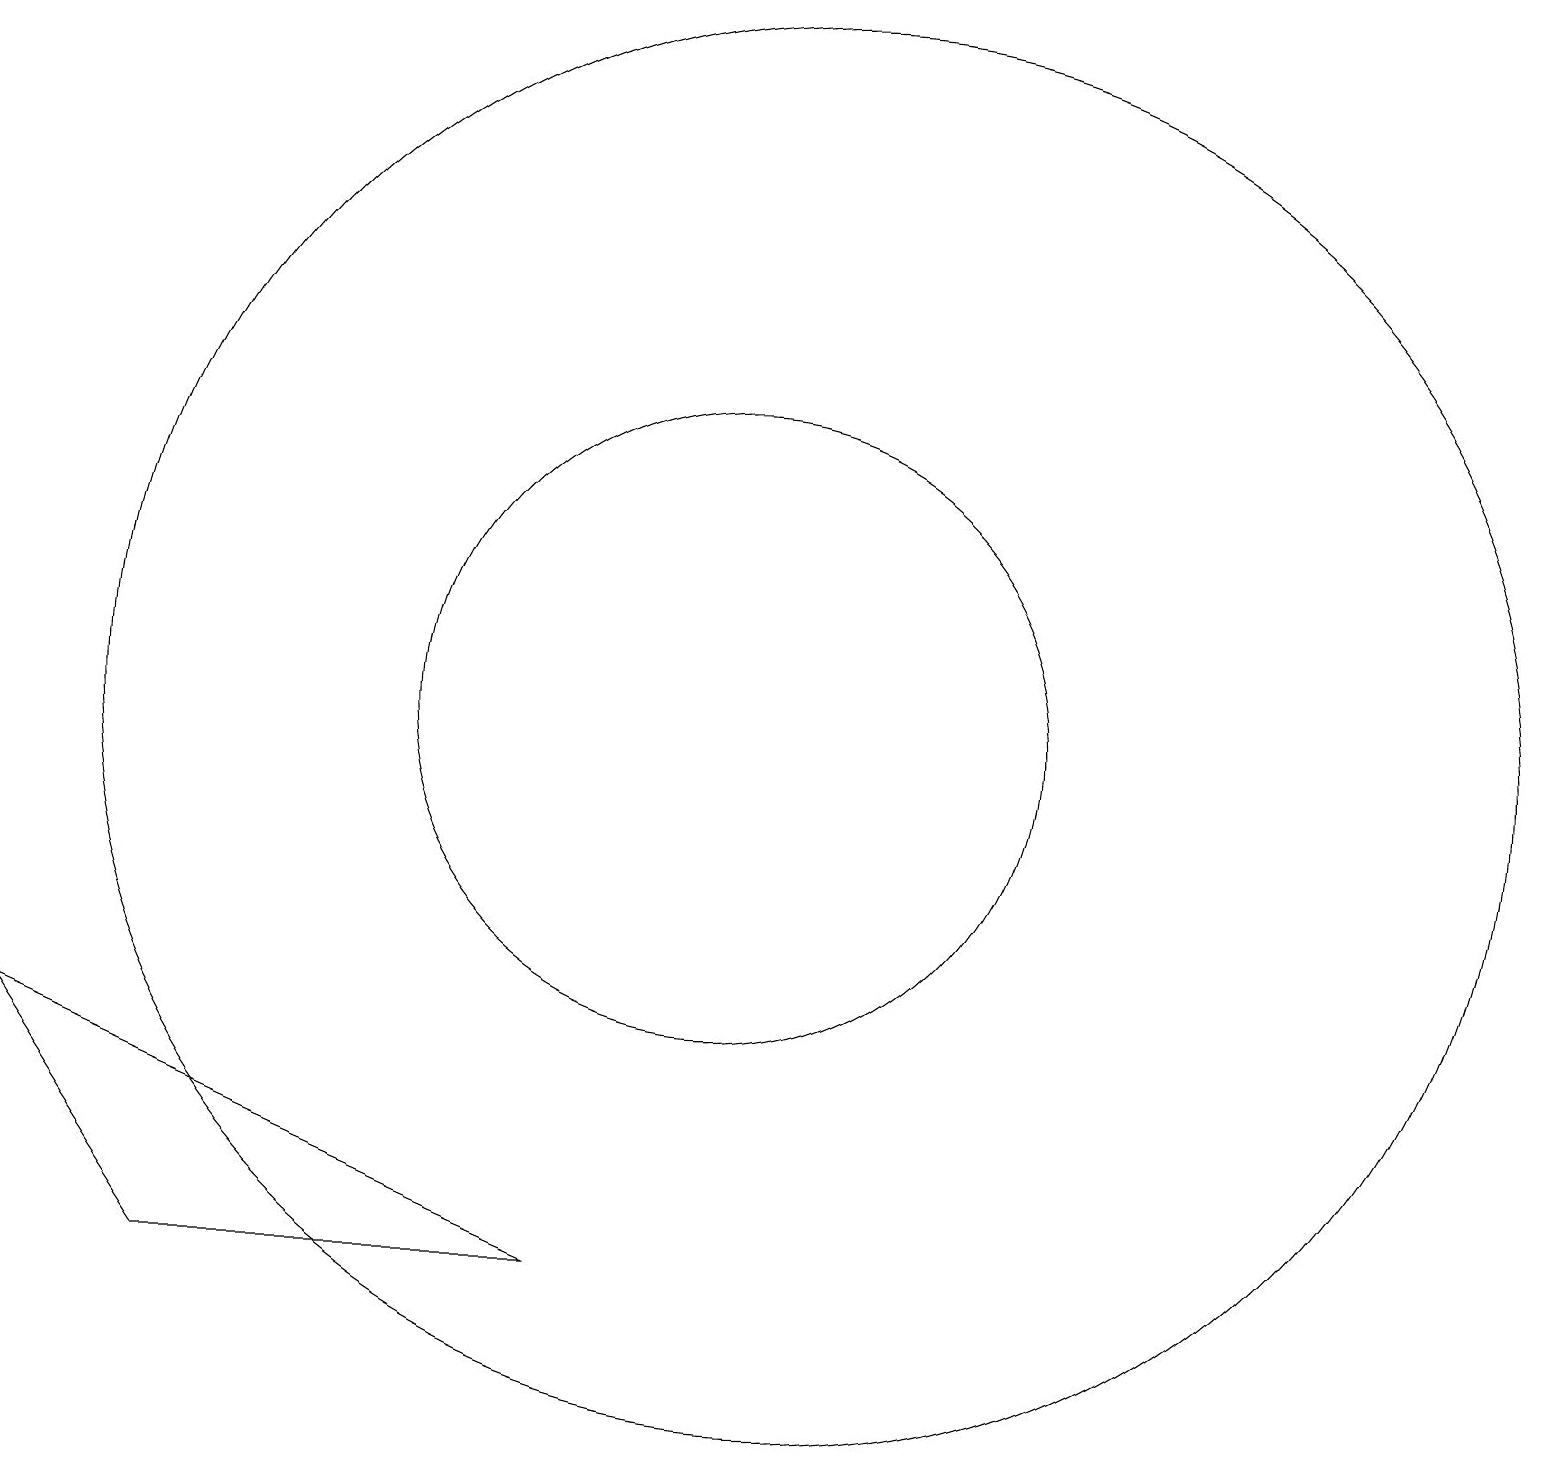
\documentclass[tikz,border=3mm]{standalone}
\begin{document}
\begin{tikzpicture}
\draw (11,10) circle (9);
\draw (3,3) -- (8,3) -- (1,6) -- cycle;
\draw (10,10) circle (4);
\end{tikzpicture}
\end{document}